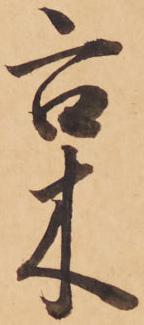
枲